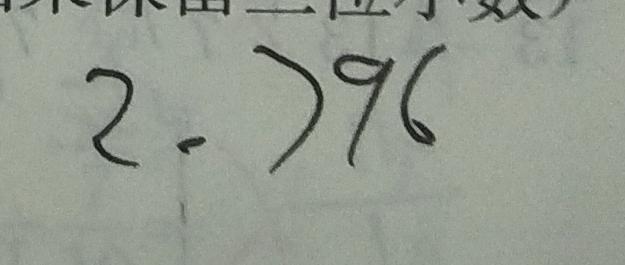
2 . 7 9 6